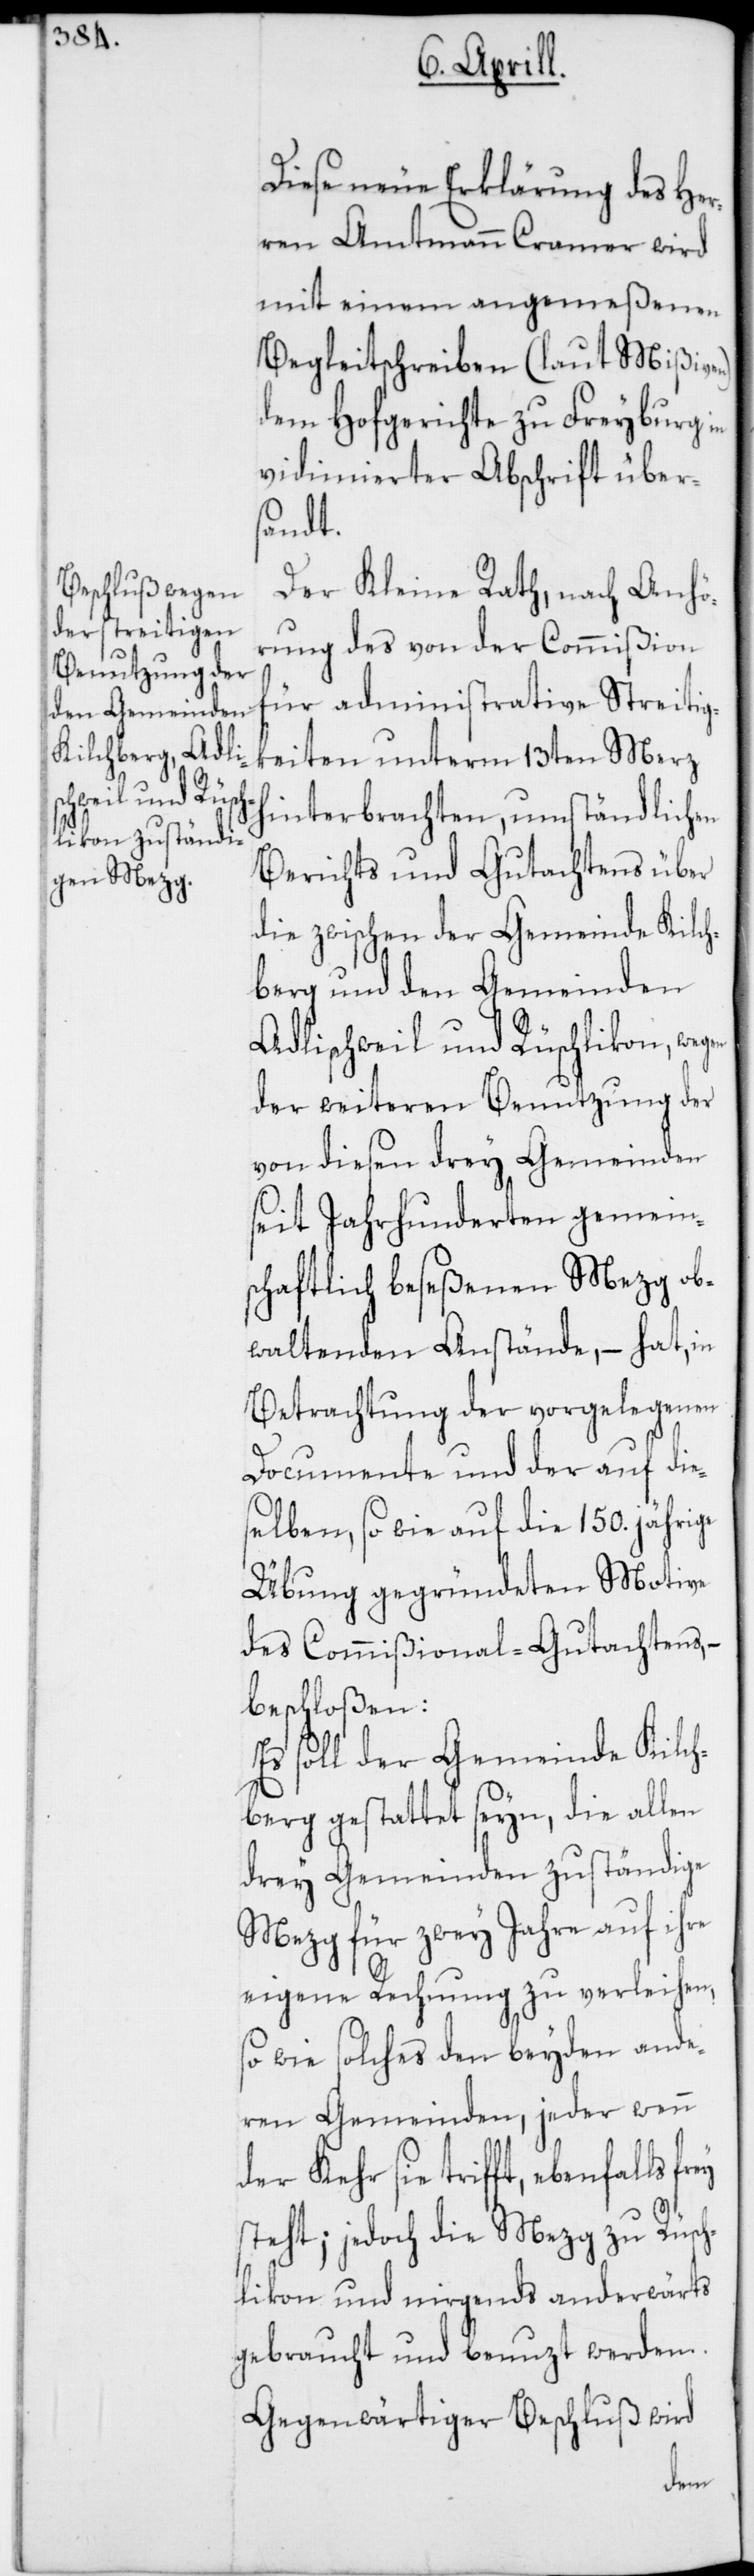
Diese neue Erklärung des Her¬
ren Amtmann Cramer wird
mit einem angemeßenen
Begleitschreiben (laut Mißiv¬
dem Hofgerichte zu Freyburg in
vidimierter Abschrift über¬
sandt.
Der Kleine Rat, nach Anhö¬
rung des von der Commißion
für administrative Streitig¬
keiten unterm 13ten Merz
hinterbrachten, umständlichen
Berichts und Gutachtens über
die zwischen der Gemeinde Kilch¬
berg und den Gemeinden
Adlischweil und Rüschlikon, weg¬
der weiteren Benutzung der
von diesen drey Gemeinden
seit Jahrhunderten gemein¬
schaftlich beseßenen Mezg ob¬
waltenden Anstände, – hat, in
Betrachtung der vorgelegenen
Documente und der auf die¬
selben, so wie auf die 150. jährige
Übung gegründeten Motive
des Commißional-Gutachtens, –
beschloßen:
Es soll der Gemeinde Kilch¬
berg gestattet seyn, die allen
drey Gemeinden zuständige
Mezg für zwey Jahre auf ihre
eigene Rechnung zu verleihen,
wie solches den beyden ande¬
ren Gemeinden, jeder wenn
der Kehr sie trifft, ebenfalls
steht; jedoch die Mezg zu Rüsch¬
likon und nirgends anderwärts
gebraucht und benuzt werden.
Gegenwärtiger Beschluß wird
en